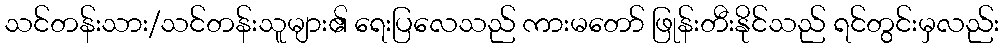
သင်တန်းသား/သင်တန်းသူများ၏ ရေးပြလေသည် ကားမတော် ဖြုန်းတီးနိုင်သည် ရင်တွင်းမှလည်း